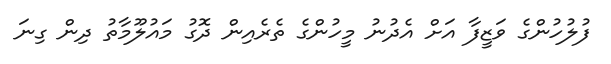
ފުލުހުންގެ ވަޒީފާ އަށް އެދުނު މީހުންގެ ތެރެއިން ދޮގު މައުލޫމާތު ދިން ގިނަ